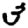
Digit: 3